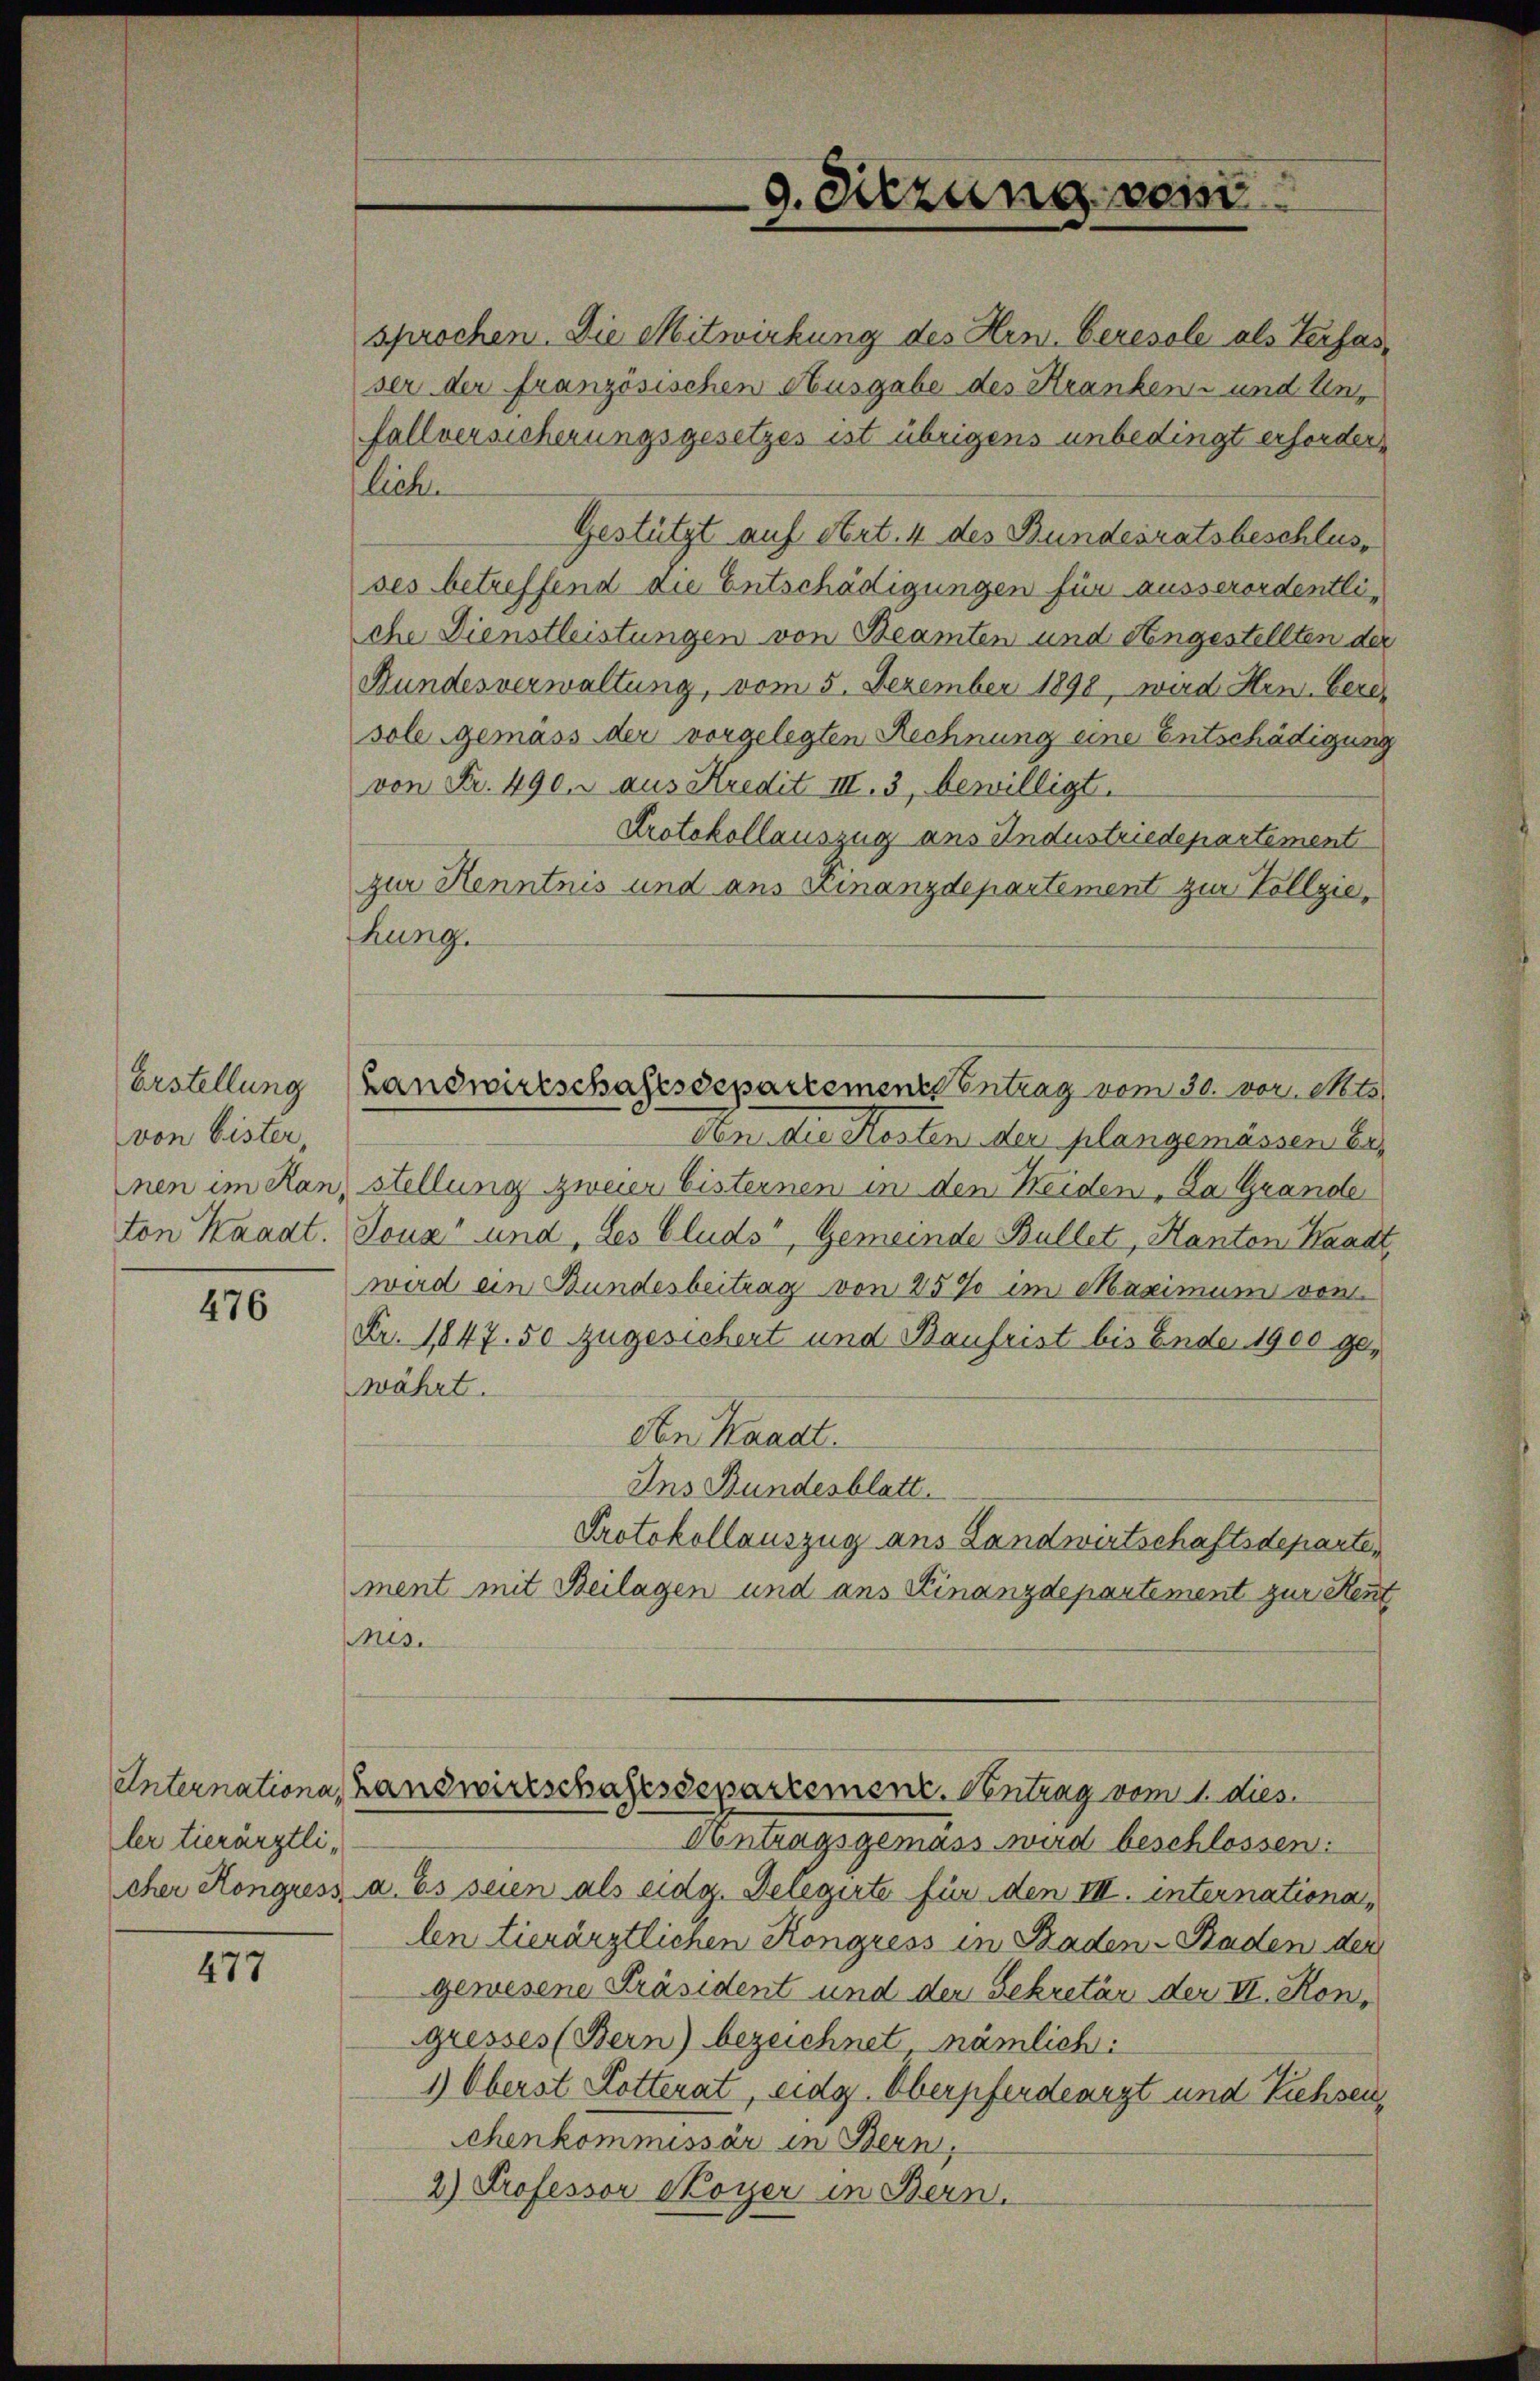
Erstellung
von Eister,
nen im Ran,
ton Kaadt.

476

ler tierärztli¬

477

Landwirtschaftsdepartement entrag vom 30. vor. Mts.

sprochen. Die Mitwirkung des Hrn. Ceresole als Verfasser der französischen Ausgabe des Kranken und Unfallversicherungsgesetzes ist übrigens unbedingt erforderlich.
Gestützt auf Art. 4 des Bundesratsbeschlusses betreffend die Entschädigungen für ausserordentliche Dienstleistungen von Beamten und Angestellten der
Bundesverwaltung, vom 5. Dezember 1898, wird Hrn. Bere
sole gemäss der vorgelegten Rechnung eine Entschädigung
von Fr. 490. aus Kredit III. 3, bewilligt.
Protokollauszug aus Industriedepartement
zur Henntnis und aus Finanzdepartement zur Vollziehung.
Den die Kosten der plangemässen Erstellung zweier Eisternen in den Heiden, da Grande
Touz" und, des Cluds, Gemeinde Bullet, Kanton Waadt,
wird ein Bundesbeitrag von 25% im Maximum von
Fr. 1847. 50 zugesichert und Baufrist bis Ende 1900 gewährt.
Den Waadt.
Ins Bundesblatt.
Protokollauszug aus Landwirtschaftsdeparte
ment mit Beilagen und ans Finanzdepartement zur Rent
Mis.
Internationa, Handwirtschaftssepartement. Ventrag vom 1. dies
Antragsgemäss wird beschlossen:
cher Kongress a. Es seien als eidg. Delegirte für den III. internationa,
len tierärztlichen Kongress in Baden-Staden der
gewesene Präsident und der Sekretär der II. Kongresses (Bern) bezeichnet, nämlich:
1) Oberst Lotterat, eidg. Oberpferdearzt und Ziehseuchenkommissär in Bern,
2) Professor Koyer in Bern.

9. Sitzung von